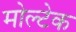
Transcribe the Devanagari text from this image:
मोल्टेक